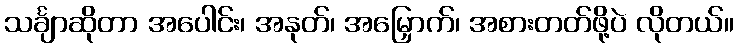
သင်္ချာဆိုတာ အပေါင်း၊ အနုတ်၊ အမြှောက်၊ အစားတတ်ဖို့ပဲ လိုတယ်။